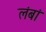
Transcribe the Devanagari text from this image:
लंबां